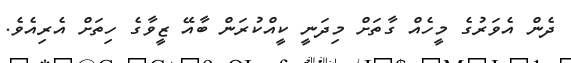
ދެން އެވަރުގެ މީހެއް ގާތަށް މިދަނީ ކީއްކުރަން ބާއޭ ޒީވާގެ ހިތަށް އެރިއެވެ.